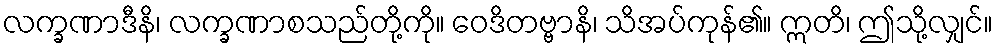
လက္ခဏာဒီနိ၊ လက္ခဏာစသည်တို့ကို။ ဝေဒိတဗ္ဗာနိ၊ သိအပ်ကုန်၏။ ဣတိ၊ ဤသို့လျှင်။